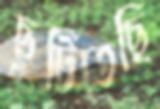
ছুটিতেছি